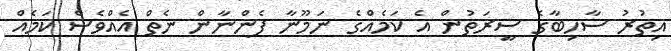
އިތުރު ސާހިބާގެ ސީރަތުން އެ ކަމެއްގެ ނަމޫނާ ފެންނާން ނެތް އެއްވެސް ކަމެއް